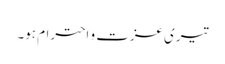
تیری عزت و احترام ہو۔